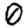
Digit: 0